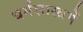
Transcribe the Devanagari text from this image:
धर्मशास्त्रमें